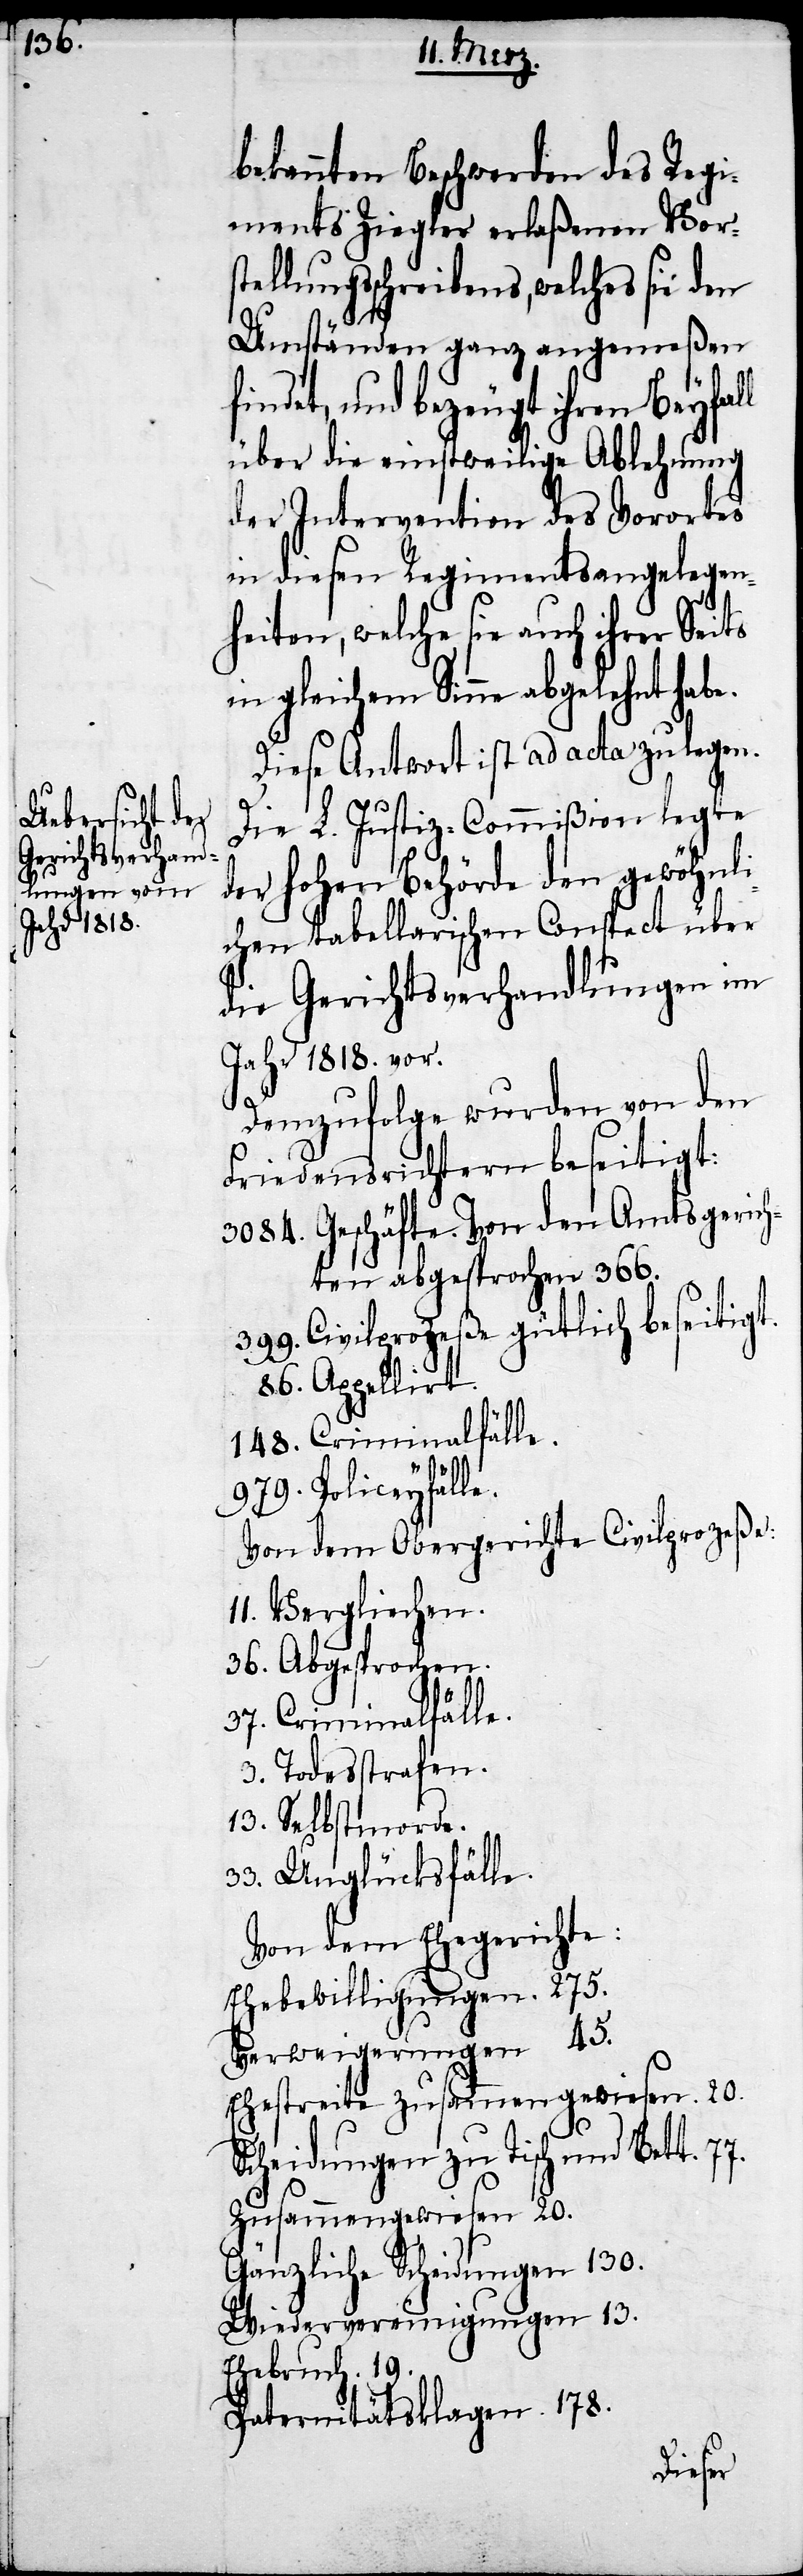
bekannten Beschwerden des Regi¬
ments Ziegler erlaßenen Vors¬
tellungsschreibens, welches sie den
Umständen ganz angemeßen
findet, und bezeugt ihren Beyfal¬
über die einstweilige Ablehnung
der Intervention des Vorortes
in diesen Regimentsangelegen¬
heiten, welche sie auch ihrer Seits
in gleichem Sinne abgelehnt habe.
Diese Antwort ist ad acta zu legen.
Die L. Justiz-Commißion legte
der hohen Behörde den gewöhnli¬
chen tabellarischen Conspect über
die Gerichtsverhandlungen im
Jahr 1818. vor.
Demzufolge wurden von den
Friedensrichtern beseitigt:
3084. Geschäfte. Von den Amtsgerich¬
ten abgesprochen 366.
399. Civilprozeße güthlich beseitigt.
86. Appellirt.
148. Criminalfälle.
l
Von dem Obergerichte Civilprozeße:
11. Vergliechen.
36. Abgesprochen.
37. Criminalfälle.
3. Todesstrafen.
13. Selbstmorde.
33. Unglücksfälle.
Von dem Ehegerichte:
Ehebewilligungen. 275.
Verweigerungen 45.
Ehestreite zusammengewiesen. 20.
Scheidungen zu Tisch und Bett.
Zusammengewiesen 20.
Gänzliche Scheidungen 130.
Wiedervereinigungen 13.
Ehebruch. 19.
Paternitätsklagen. 178.